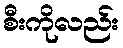
စီးကိုလည်း